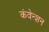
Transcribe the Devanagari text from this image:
कंवेन्शन